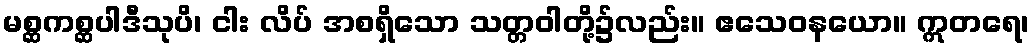
မစ္ဆကစ္ဆပါဒီသုပိ၊ ငါး လိပ် အစရှိသော သတ္တဝါတို့၌လည်း။ ဧသေဝနယော။ ဣတရေ၊